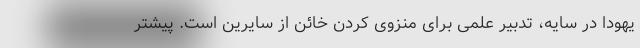
یهودا در سایه، تدبیر علمی برای منزوی کردن خائن از سایرین است. پیشتر